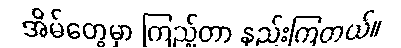
အိမ်တွေမှာ ကြည့်တာ နည်းကြတယ်။